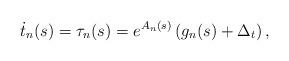
LaTeX: \begin{align*}\dot{t}_n(s)=\tau_{n}(s)=e^{A_n(s)}\left(g_n(s) +\Delta_t\right),\end{align*}